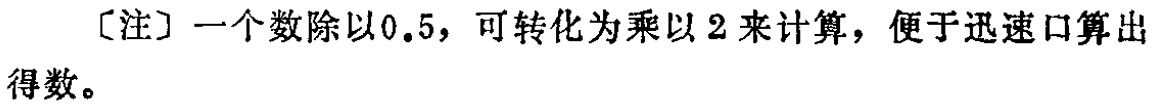
[注] 一个数除以\(0.5\)，可转化为乘以\(2\)来计算，便于迅速口算出得数。